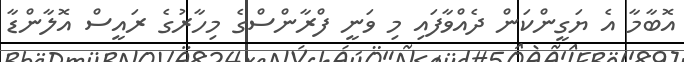
އޮބާމާ އެ ޔަގީންކަން ދެއްވާފައި މި ވަނީ ފްރާންސްގެ މިހާރުގެ ރައީސް އޮލާންޑާ